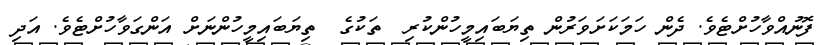
ފޮނުއްވާހުށްޓެވެ. ދެން ހަމަކަށަވަރުން ތިޔަބައިމީހުންކުރި  ތަކުގެ  ތިޔަބައިމީހުންނަށް އަންގަވާހުށްޓެވެ. އަދި